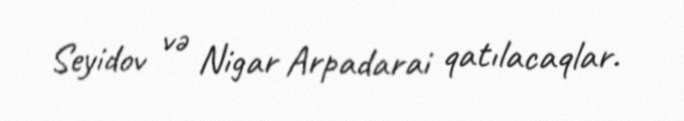
Seyidov və Nigar Arpadarai qatılacaqlar.